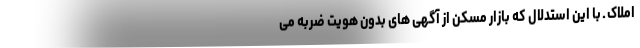
املاک ـ با این استدلال که بازار مسکن از آگهی های بدون هویت ضربه می